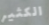
الكثير